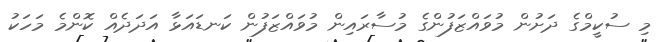
މި ސުކީމްގެ ދަށުން މުވައްޒަފުންގެ މުސާރައިން މުވައްޒަފުން ކަނޑައަޅާ އަދަދެއް ކޮންމެ މަހަކު